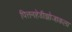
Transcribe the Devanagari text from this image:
पित्तनहेडीझोजाकला